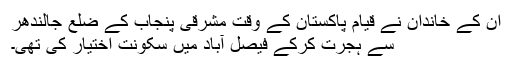
ان کے خاندان نے قیام پاکستان کے وقت مشرقی پنجاب کے ضلع جالندھر
سے ہجرت کرکے فیصل آباد میں سکونت اختیار کی تھی۔